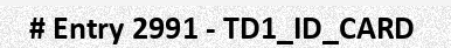
# Entry 2991 - TD1_ID_CARD